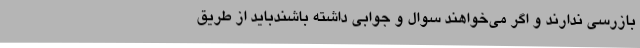
بازرسی ندارند و اگر می‌خواهند سوال و جوابی داشته باشندباید از طریق